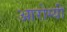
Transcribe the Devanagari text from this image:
आरोग्यी